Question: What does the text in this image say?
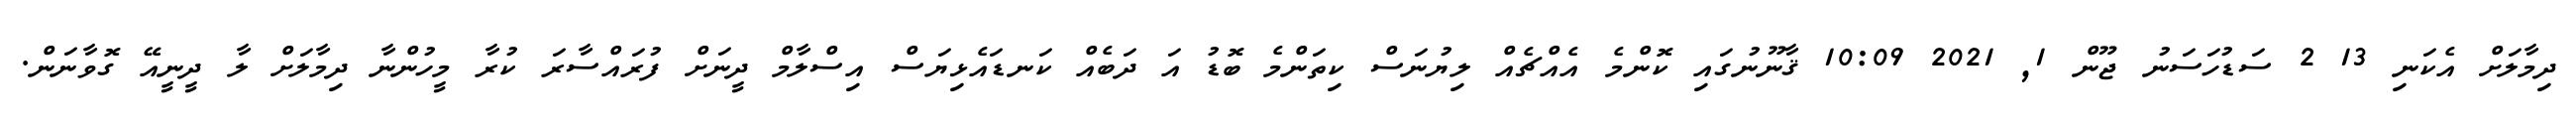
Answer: ދިމާލަށް އެކަނި 13 2 ސަޑުހަސަނު ޖޫން 1, 2021 10:09 ޤާނޫނުގައި ކޮންމެ އެއްޗެއް ލިޔުނަސް ކިތަންމެ ބޮޑު އަ ދަބެއް ކަނޑައެޅިޔަސް އިސްލާމް ދީނަށް ފުރައްސާރަ ކުރާ މީހުންނާ ދިމާލަށް ލާ ދީނީއޭ ގޮވާނަން.